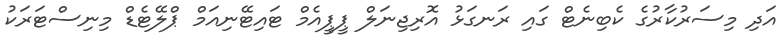
އަދި މިސަރުކާރުގެ ކެބިނެޓް ގައި ރަނގަޅު އޮރިޖިނަލް ޕީޕީއެމް ޓައިޓޭނިއަމް ޕްލޭޓެޑް މިނިސްޓަރަކު